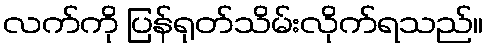
လက်ကို ပြန်ရုတ်သိမ်းလိုက်ရသည်။